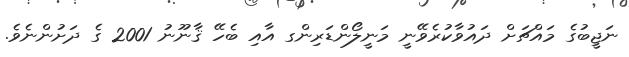
ނަޖީބުގެ މައްޗަށް ދައުވާކުރެވޭނީ މަނީލޯންޑަރިންގ އާއި ބެހޭ ޤާނޫނު 2001 ގެ ދަށުންނެވެ.